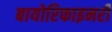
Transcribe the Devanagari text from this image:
बायोरिफाइनरी